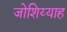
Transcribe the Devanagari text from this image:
जोशिय्याह